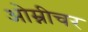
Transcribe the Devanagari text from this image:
ओम्नीचर